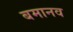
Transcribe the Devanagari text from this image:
बमानव